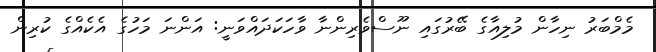
މެމްބަރު ނިހާން މުލިއާގެ ބޭރުގައި ނޫސްވެރިންނާ ވާހަކަދައްވަނީ: އަންނަ މަހުގެ އެކެއްގެ ކުރިން